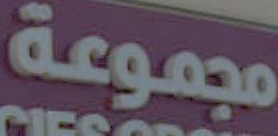
مجموعة